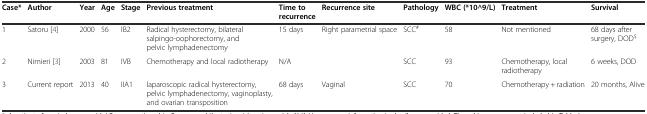
<table><thead><tr><td><b>Case*</b></td><td><b>Author</b></td><td><b>Year</b></td><td><b>Age</b></td><td><b>Stage</b></td><td><b>Previous treatment</b></td><td><b>Time to recurrence</b></td><td><b>Recurrence site</b></td><td><b>Pathology</b></td><td><b>WBC (*10^9/L)</b></td><td><b>Treatment</b></td><td><b>Survival</b></td></tr></thead><tbody><tr><td>1</td><td>Satoru [4]</td><td>2000</td><td>56</td><td>IB2</td><td>Radical hysterectomy, bilateral salpingo-oophorectomy, and pelvic lymphadenectomy</td><td>15 days</td><td>Right parametrial space</td><td>SCC<sup>#</sup></td><td>58</td><td>Not mentioned</td><td>68 days after surgery, DOD<sup>$</sup></td></tr><tr><td>2</td><td>Nimieri [3]</td><td>2003</td><td>81</td><td>IVB</td><td>Chemotherapy and local radiotherapy</td><td>N/A</td><td></td><td>SCC</td><td>93</td><td>Chemotherapy, local radiotherapy</td><td>6 weeks, DOD</td></tr><tr><td>3</td><td>Current report</td><td>2013</td><td>40</td><td>IIA1</td><td>laparoscopic radical hysterectomy, pelvic lymphadenectomy, vaginoplasty, and ovarian transposition</td><td>68 days</td><td>Vaginal</td><td>SCC</td><td>70</td><td>Chemotherapy + radiation</td><td>20 months, Alive</td></tr></tbody></table>